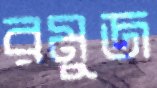
রমুজ